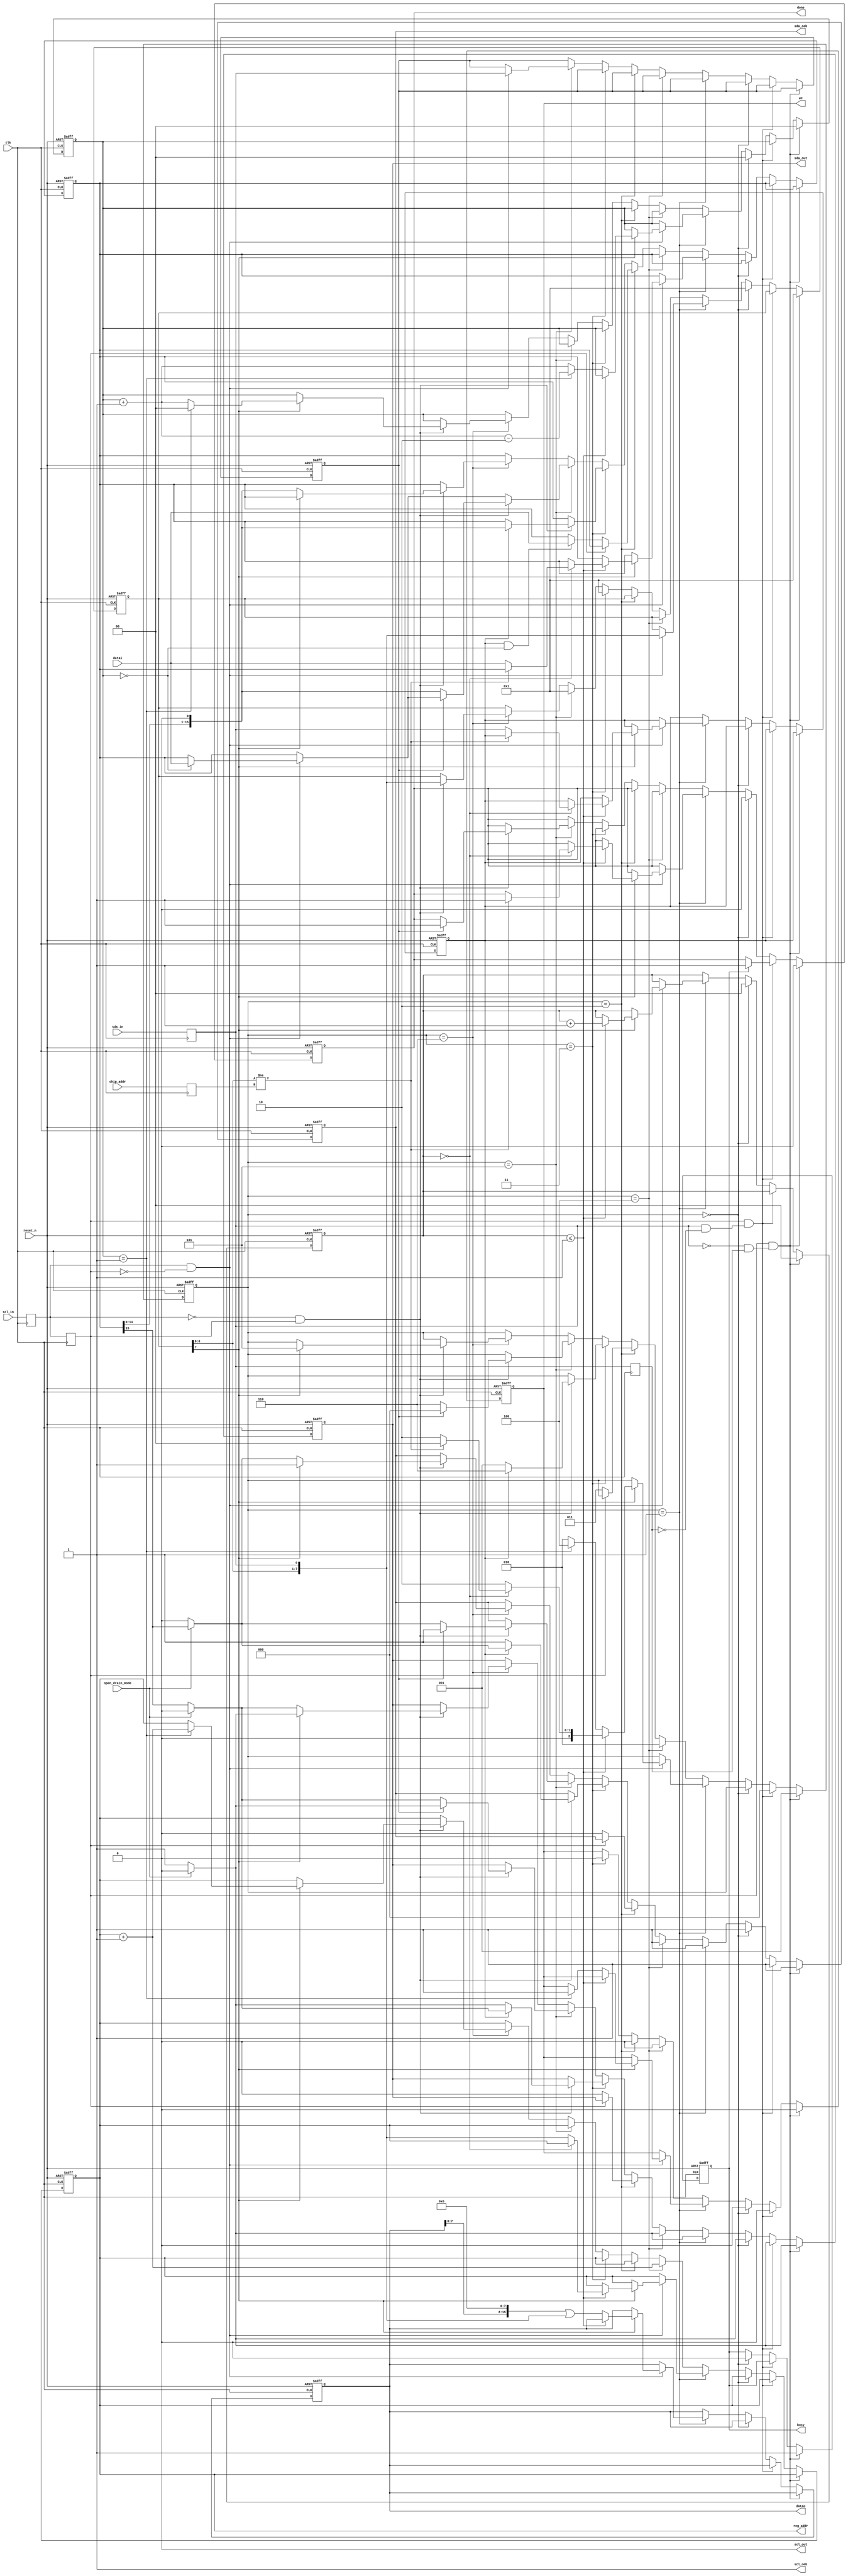
// Description: This implemenents an 8 bit address, 16 bit data i2c slave.
//
//  The 'open_drain_mode' input should be set to 1 to ensure I2C bus
//  compatibility.  Setting it to 0 causes this slave device to drive
//  the bus high rather than letting the pullup.  This breaks I2C
//  compatibility but makes for higher rate communication when a
//  master and slave talk peer-to-peer and are the only devices on the
//  bus.  Running in non-open_drain_mode is experiemental and has
//  known bus contention.

module i2c_slave
  #(parameter NUM_ADDR_BYTES=1,
    parameter NUM_DATA_BYTES=2,
    parameter REG_ADDR_WIDTH=8*NUM_ADDR_BYTES,
    parameter REG_DATA_WIDTH=8*NUM_DATA_BYTES)
   (
    input clk,
    input reset_n,
    input [6:0] chip_addr,
    input [REG_DATA_WIDTH-1:0] datai,
    input open_drain_mode,
    output reg we,
    output reg [REG_DATA_WIDTH-1:0] datao,
    output reg [REG_ADDR_WIDTH-1:0] reg_addr,
    output reg done,
    output reg busy,
    input sda_in,
    output sda_out,
    output sda_oeb,
    input scl_in,
    output scl_out,
    output scl_oeb
    );

   parameter STATE_WAIT=0,
             STATE_SHIFT=1,
             STATE_ACK=2, 
             STATE_ACK2=3,
             STATE_WRITE=4,
             STATE_CHECK_ACK=5,
             STATE_SEND=6;
   
   reg [2:0] state;
   reg       scl_s, sda_s, scl_ss, sda_ss, sda_reg, oeb_reg;
   reg [7:0]  sr;
   reg [1:0]  reg_byte_count;
   reg [1:0]  addr_byte_count;
   reg        rw_bit;
   reg [REG_DATA_WIDTH-1:0] sr_send;
   reg        nack;
   reg [6:0]  chip_addr_reg;
   
   assign scl_oeb = 1;
   assign scl_out = 0;
   assign sda_oeb = oeb_reg;
   assign sda_out = sda_reg;
   
   function set_sda_reg;
      input   out1;
      begin
         set_sda_reg = (open_drain_mode) ? 0 : out1;
      end
   endfunction
   function set_oeb_reg;
      input   oeb;
      input   out1;
      begin
         set_oeb_reg = (open_drain_mode) ? out1 : oeb;
      end
   endfunction
      
   
   always @(posedge clk) begin
      scl_s <= scl_in;
      scl_ss <= scl_s;
      sda_s <= sda_in;
      sda_ss <= sda_s;
      chip_addr_reg <= chip_addr;
   end

   wire [7:0] word = { sr[6:0], sda_s };
   /* verilator lint_off WIDTH */
   wire [REG_DATA_WIDTH-1:0] word_expanded = word;
   /* verilator lint_on WIDTH */
   

   wire       scl_rising  =  scl_s && !scl_ss;
   wire       scl_falling = !scl_s &&  scl_ss;
   wire       sda_rising  =  sda_s && !sda_ss;
   wire       sda_falling = !sda_s &&  sda_ss;
   

   wire [REG_ADDR_WIDTH+8-1:0] shifted_reg_addr = { reg_addr, word };
   
   
`ifdef SYNC_RESET
   always @(posedge clk) begin
`else
   always @(posedge clk or negedge reset_n) begin
`endif      
      if(!reset_n) begin
         sda_reg <= 1;
         oeb_reg <= 1;
         reg_byte_count <= 0;
	 addr_byte_count <= 0;
         sr <= 8'h01;
         state <= STATE_WAIT;
         datao <= 0;
         reg_addr <= 0;
         we   <= 0;
         rw_bit <= 0;
         sr_send <= 0;
         nack <= 0;
         done <= 0;
         busy <= 0;
      end else begin
         if(scl_ss && sda_falling) begin // start code
            reg_byte_count <= 0;
            addr_byte_count <= 0;
            sr <= 8'h01;
            state <= STATE_SHIFT;
            sda_reg <= set_sda_reg(1);
            oeb_reg <= set_oeb_reg(1, 1);
            we <= 0;
            busy <= 1;
            done <= 0;
         end else if(scl_ss && sda_rising) begin // stop code
            state <= STATE_WAIT;
            sda_reg <= set_sda_reg(1);
            oeb_reg <= set_oeb_reg(1, 1);
            we <= 0;
            if(busy) done <= 1;
         end else begin
            if(state == STATE_WAIT) begin
               done <= 0;
               we <= 0;
               reg_byte_count <= 0;
               addr_byte_count <= 0;
               sr <= 8'h01; // preload sr with LSB 1.  When that 1 reaches the MSB of the shift register, we know we are done.
               sda_reg <= set_sda_reg(1);
               oeb_reg <= set_oeb_reg(1, 1);
               busy <= 0;
            end else if(state == STATE_SHIFT) begin
               sda_reg <= set_sda_reg(1);
               oeb_reg <= set_oeb_reg(1, 1);
               if(scl_rising) begin
                  sr <= word;
                  if(sr[7]) begin
		     if(addr_byte_count <= NUM_ADDR_BYTES) begin
			addr_byte_count <= addr_byte_count + 1;

			if(addr_byte_count == 0) begin // 1st byte (i2c addr)
                           if(word[7:1] != chip_addr_reg) begin 
                              state <= STATE_WAIT; // this transfer is not for us
                              done <= 1;
                           end else begin
                              rw_bit <= word[0];
                              sr_send <= datai; 
                              state <= STATE_ACK;
                           end
			end else begin // remaining addr bytes (reg addr)
                           state <= STATE_ACK;
                           reg_addr <= shifted_reg_addr;//[REG_ADDR_WIDTH-1:0];
			end
                     end else begin 
			// LSB of transfer count is used to track which
			// byte of the 16 bit word is being collected.
			// MSB of transfer count is only 0 at the begining
			// of the packet to signal the address is being
			// collected.  After the address has been received,
			// then it is all data after that.
			datao <= (datao << 8) | word_expanded;
			
			/* verilator lint_off WIDTH */
                        if(reg_byte_count == NUM_DATA_BYTES-1) begin // Least significant byte
			   /* verilator lint_on WIDTH */
                           state <= STATE_WRITE;
                           we <= 1;
			   /* verilator lint_off WIDTH */
			   reg_byte_count <= reg_byte_count + 1 - NUM_DATA_BYTES;
			   /* verilator lint_on WIDTH */
                        end else begin              // Most significant byte
                           state <= STATE_ACK;
			   reg_byte_count <= reg_byte_count + 1;
                        end                     
                     end
                  end
               end
            end else if(state == STATE_WRITE) begin
               // Stay here one clock cycle before moving to ACK to
               // give 'we' a single clock cycle high.
               state <= STATE_ACK;
               reg_addr  <= reg_addr + 1; // advance addr for the case of seq writes
               we    <= 0;
               sda_reg <= set_sda_reg(1);
               oeb_reg <= set_oeb_reg(1, 1);
            end else if(state == STATE_ACK) begin
               we <= 0;
               // when scl falls, drive sda low to ack the received byte
               if(!scl_ss) begin
                  sda_reg <= set_sda_reg(0);
                  oeb_reg <= set_oeb_reg(0, 0);
                  state <= STATE_ACK2;
                  if(rw_bit && (reg_byte_count == 0)) begin
		     sr_send <= datai;
		  end
               end             
            end else if(state == STATE_ACK2) begin
               sr <= 8'h01;
               we <= 0;
               // on the falling edge go back to shifting in data
               if(scl_falling) begin
                  if(rw_bit) begin // when master is reading, go to STATE_SEND
                     state <= STATE_SEND;
                     sda_reg <= set_sda_reg(sr_send[REG_DATA_WIDTH-1]);
                     oeb_reg <= set_oeb_reg(0, sr_send[REG_DATA_WIDTH-1]);
                     sr_send <= sr_send << 1;
                  end else begin // when master writing, receive in STATE_SHIFT
                     state <= STATE_SHIFT;
                     sda_reg <= set_sda_reg(1);
                     oeb_reg <= set_oeb_reg(1, 1);
                  end
               end
            end else if(state == STATE_CHECK_ACK) begin
               sr <= 8'h01;
               if(scl_rising) begin
                  nack <= sda_s;
                  if(reg_byte_count == 0) begin // sample next word
                     sr_send <= datai;
                  end
               end 
               if(scl_falling) begin
                  if(nack) begin
                     state <= STATE_WAIT; // we received a nack, so we are done
                     done <= 1;
                     sda_reg <= set_sda_reg(1);
                     oeb_reg <= set_oeb_reg(1, 1);
                  end else begin
                     state <= STATE_SEND; // we received an ack, so more data requested
                     sda_reg <= set_sda_reg(sr_send[REG_DATA_WIDTH-1]);
                     oeb_reg <= set_oeb_reg(0, sr_send[REG_DATA_WIDTH-1]);
                     sr_send <= sr_send << 1;
                  end
               end
            end else if(state == STATE_SEND) begin
               if(scl_falling) begin
                  sr <= word;
                  if(sr[7]) begin
                     reg_byte_count <= reg_byte_count + 1;
                     sda_reg <= set_sda_reg(1);
                     oeb_reg <= set_oeb_reg(1, 1);
                     state <= STATE_CHECK_ACK;

		     /* verilator lint_off WIDTH */
                     if(reg_byte_count == NUM_DATA_BYTES-1) begin
			/* verilator lint_on WIDTH */
                        reg_addr <= reg_addr + 1; // advance the internal address so that the next address data is available after this transfer.
			reg_byte_count <= 0;
                     end
                     

                  end else begin
                     sda_reg <= set_sda_reg(sr_send[REG_DATA_WIDTH-1]);
                     oeb_reg <= set_oeb_reg(0, sr_send[REG_DATA_WIDTH-1]);
                     sr_send <= sr_send << 1;
                  end
               end
            end
         end
      end
   end 
endmodule // i2c_slave